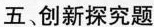
五、创新探究题